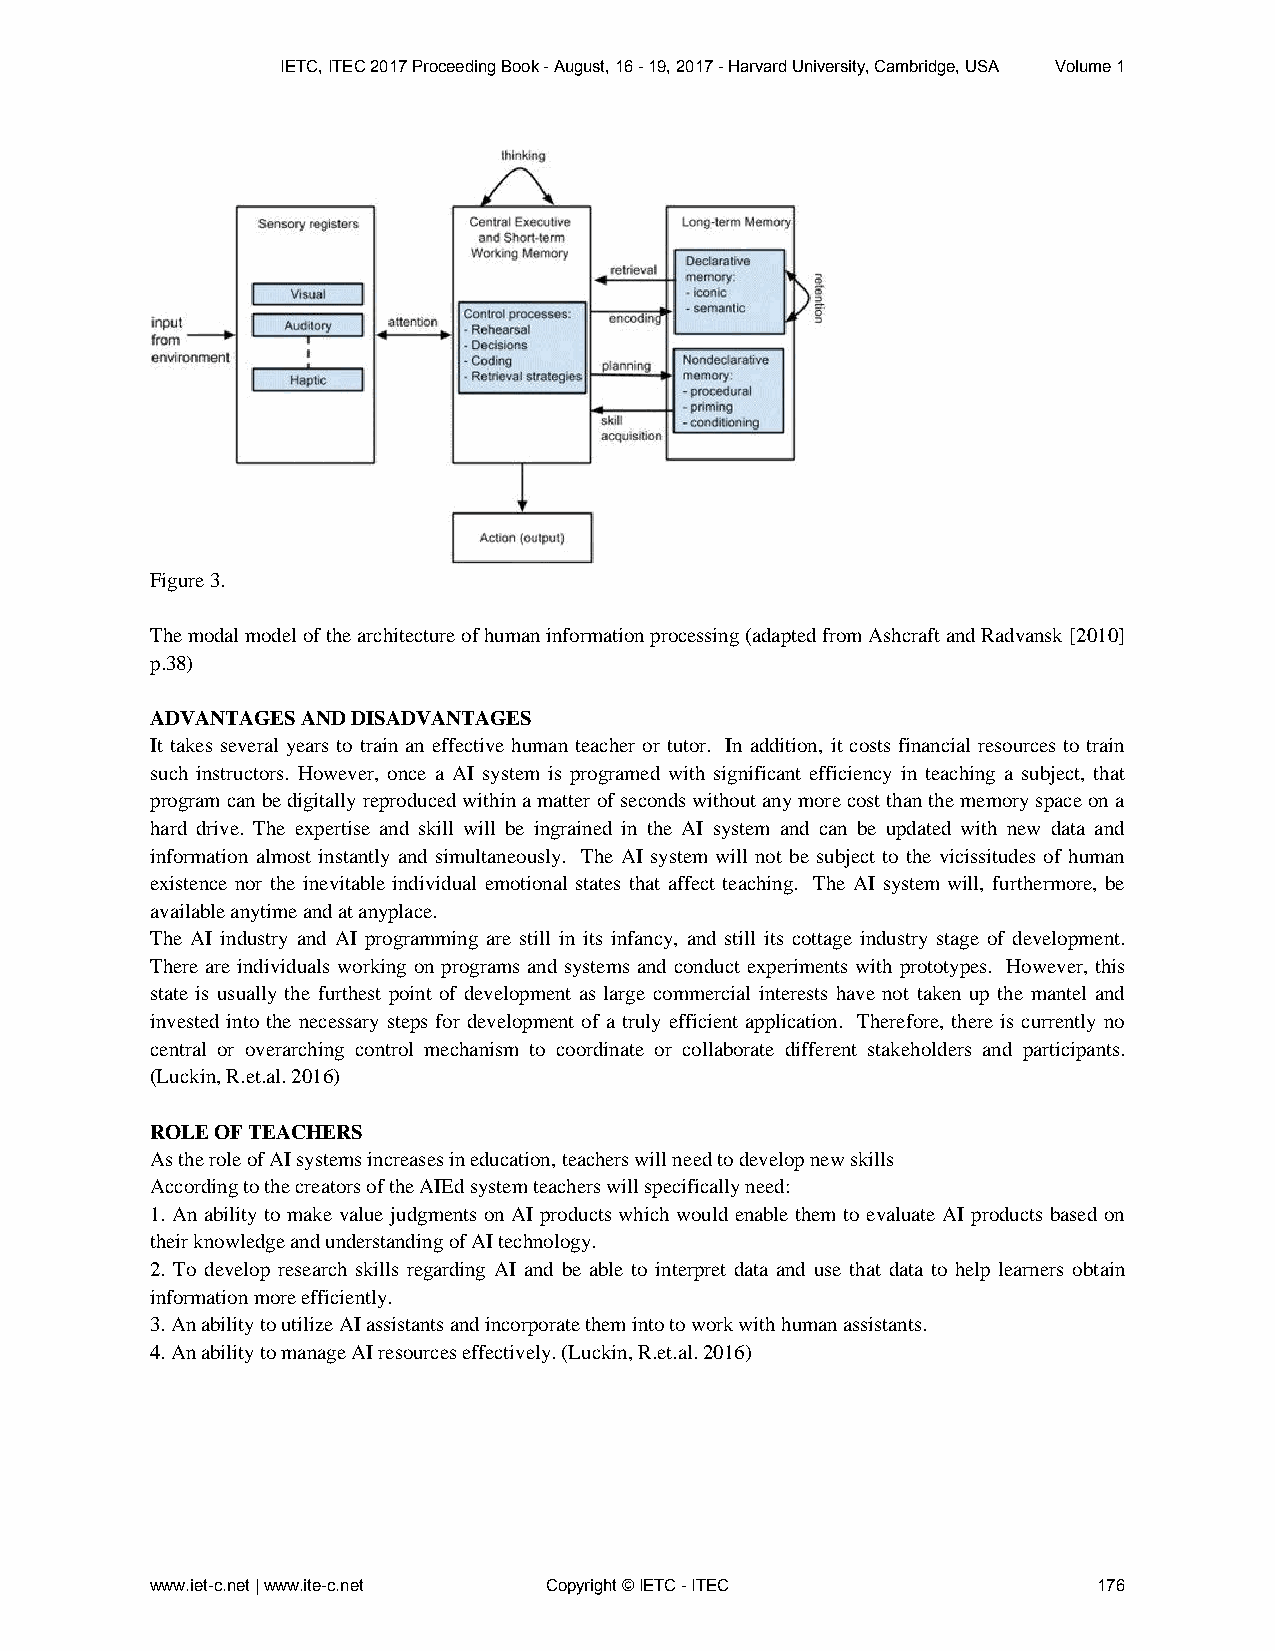
IETC, ITEC 2017 Proceeding Book - August, 16 - 19, 2017 - Harvard University, Cambridge, USA Volume 1
 Figure 3.
 The modal model of the architecture of human information processing (adapted from Ashcraft and Radvansk [2010]
 p.38)
 ADVANTAGES AND DISADVANTAGES
 It takes several years to train an effective human teacher or tutor. In addition, it costs financial resources to train
 such instructors. However, once a AI system is programed with significant efficiency in teaching a subject, that
 program can be digitally reproduced within a matter of seconds without any more cost than the memory space on a
 hard drive. The expertise and skill will be ingrained in the AI system and can be updated with new data and
 information almost instantly and simultaneously. The AI system will not be subject to the vicissitudes of human
 existence nor the inevitable individual emotional states that affect teaching. The AI system will, furthermore, be
 available anytime and at anyplace.
 The AI industry and AI programming are still in its infancy, and still its cottage industry stage of development.
 There are individuals working on programs and systems and conduct experiments with prototypes. However, this
 state is usually the furthest point of development as large commercial interests have not taken up the mantel and
 invested into the necessary steps for development of a truly efficient application. Therefore, there is currently no
 central or overarching control mechanism to coordinate or collaborate different stakeholders and participants.
 (Luckin, R.et.al. 2016)
 ROLE OF TEACHERS
 As the role of AI systems increases in education, teachers will need to develop new skills
 According to the creators of the AIEd system teachers will specifically need:
 1. An ability to make value judgments on AI products which would enable them to evaluate AI products based on
 their knowledge and understanding of AI technology.
 2. To develop research skills regarding AI and be able to interpret data and use that data to help learners obtain
 information more efficiently.
 3. An ability to utilize AI assistants and incorporate them into to work with human assistants.
 4. An ability to manage AI resources effectively. (Luckin, R.et.al. 2016)
 www.iet-c.net | www.ite-c.net Copyright © IETC - ITEC          176